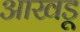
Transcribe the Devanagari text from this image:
आखडू